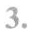
3.